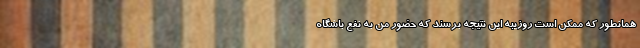
همانطور که ممکن است روزیبه این نتیجه برسند که حضور من به نفع باشگاه